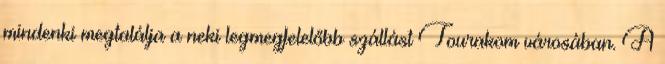
mindenki megtalálja a neki legmegfelelőbb szállást Tourakom városában. A